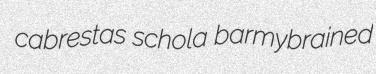
cabrestas schola barmybrained